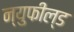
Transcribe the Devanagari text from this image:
न्युफील्ड